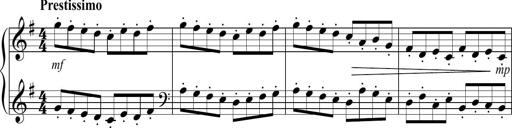
Title: Sonatina no. 2
Composer: Brian Henderson-Sellers
Key: G major